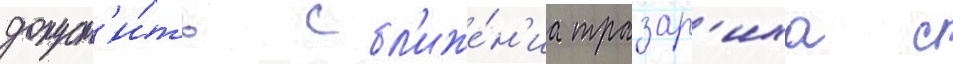
допуст'и́ть сбл'иже́н'иа тразар'иха с